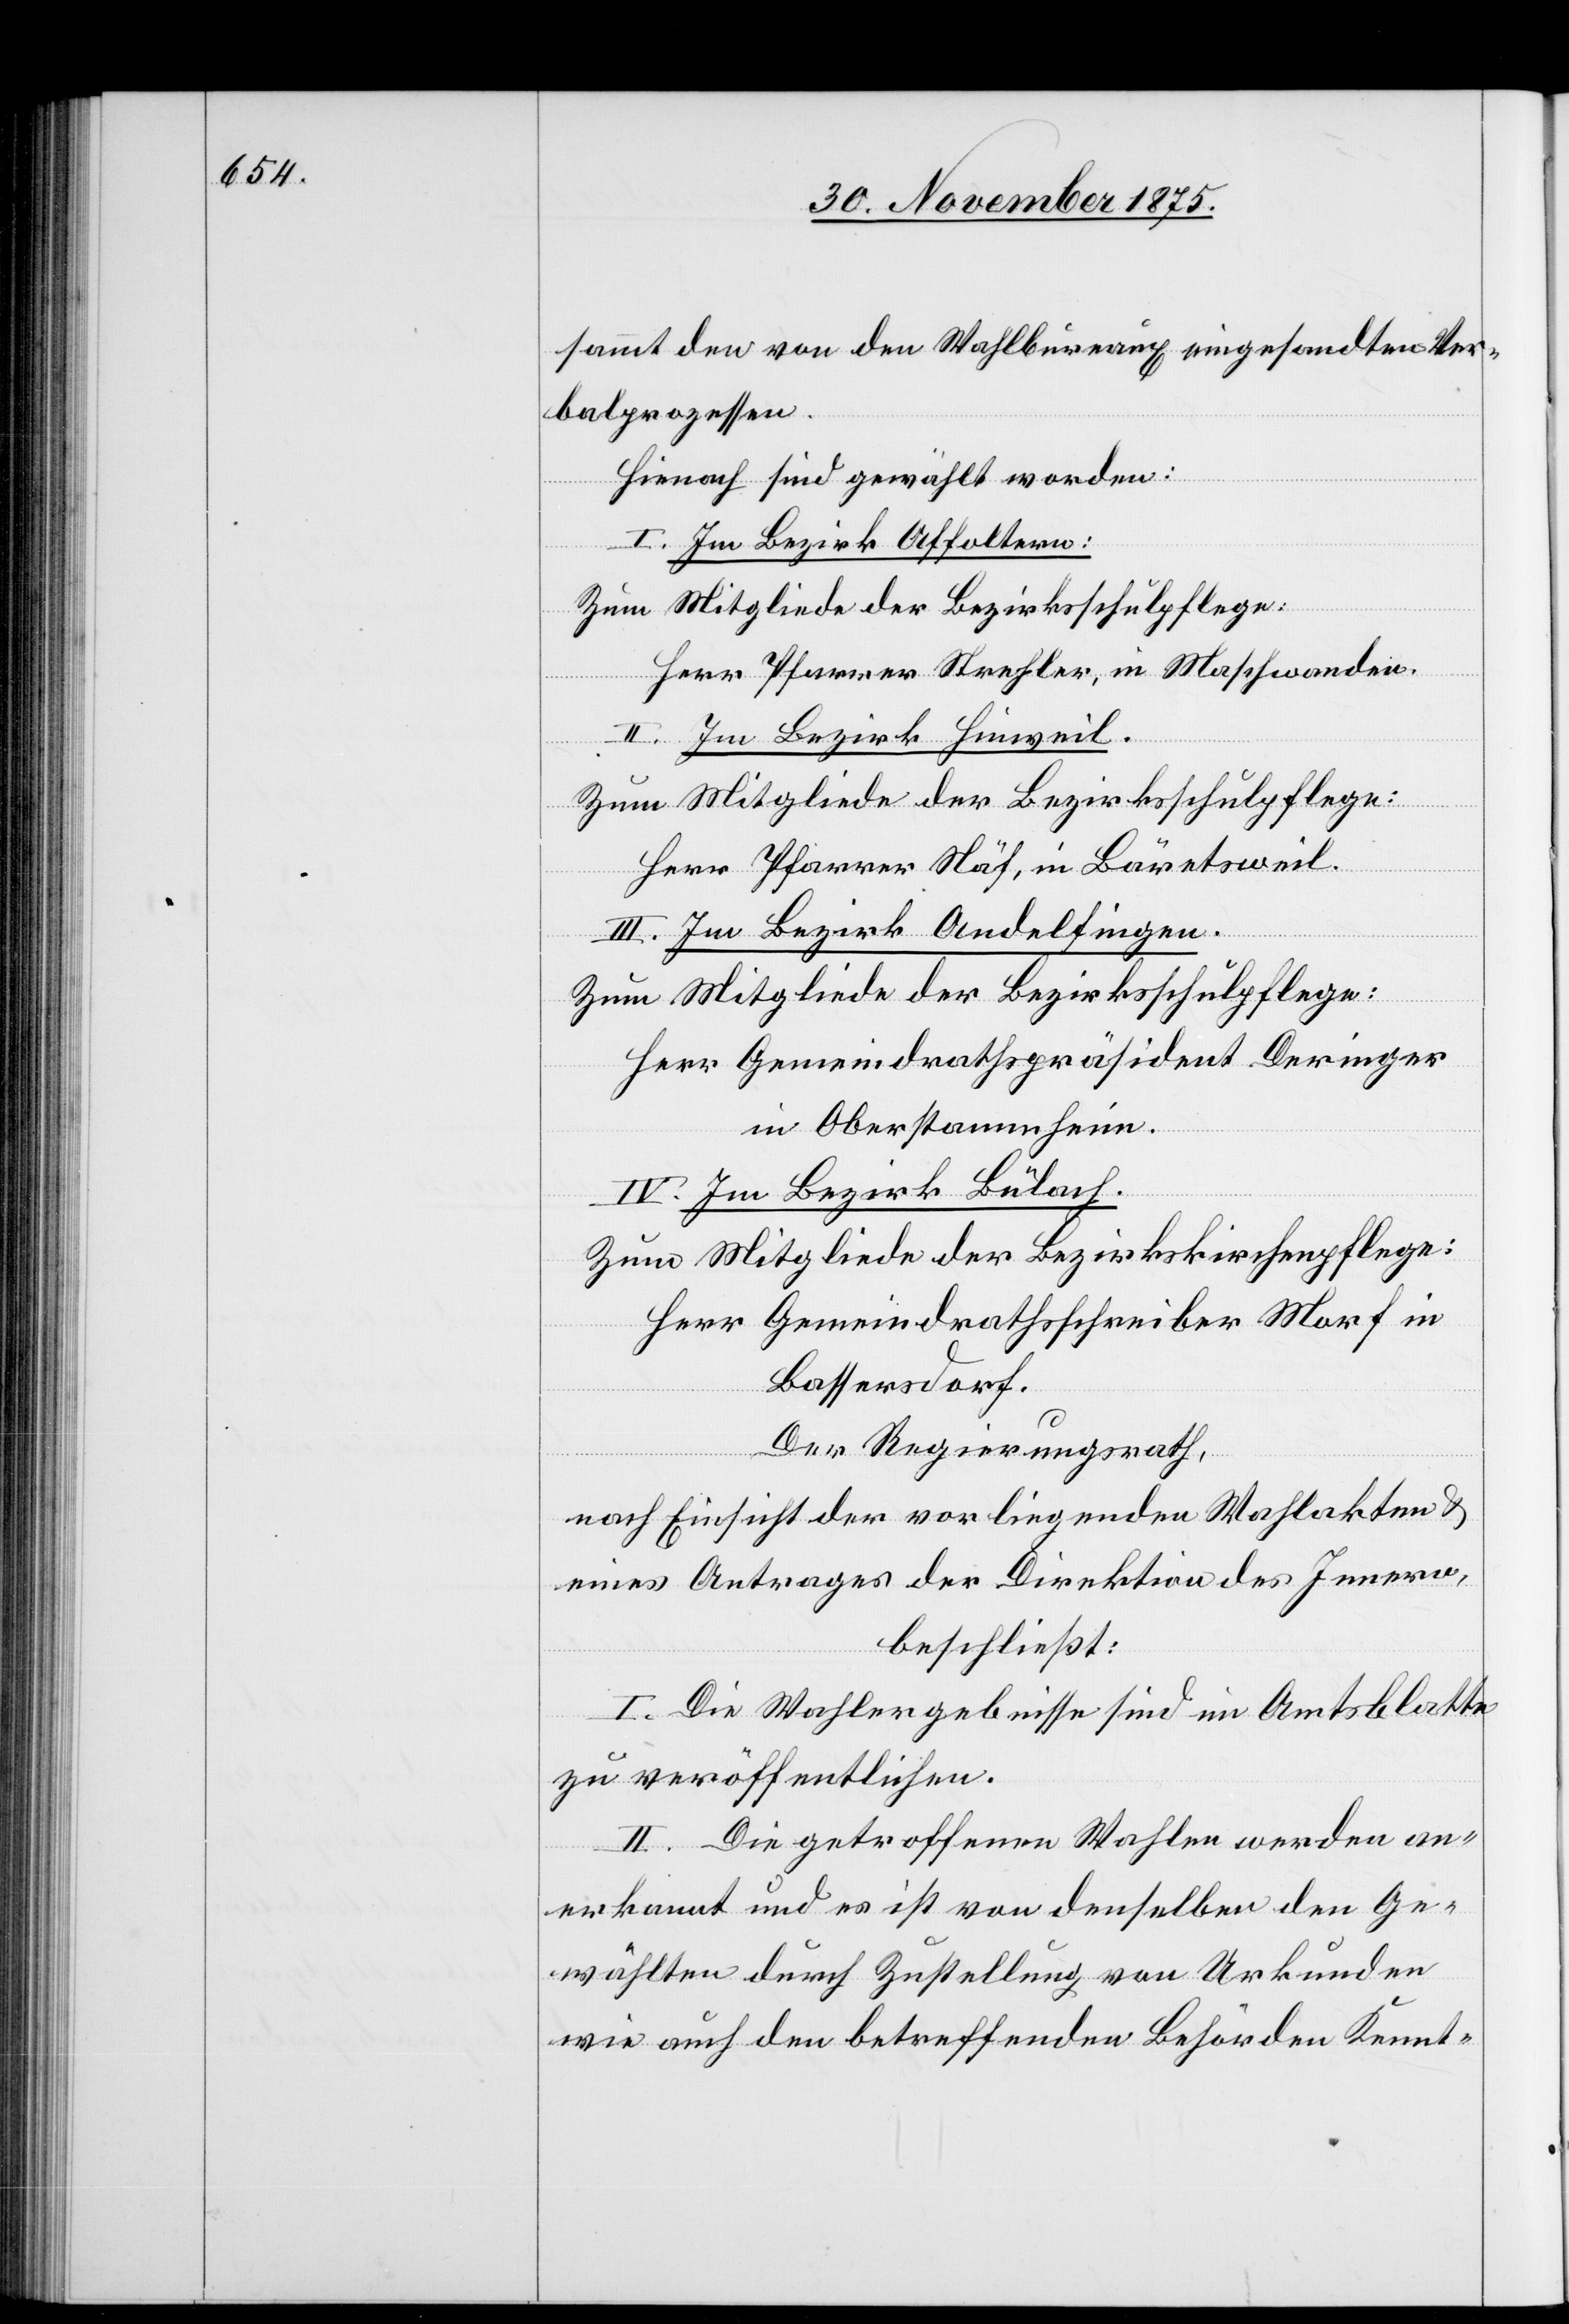
sammt den von den Wahlbureaux eingesandten Ver¬
balprozessen.
Hienach sind gewählt worden:
I. Im Bezirk Affoltern:
Zum Mitgliede der Bezirksschulpflege:
Herr Pfarrer Strehler, in Maschwanden.
II. Im Bezirk Hinweil.
Zum Mitgliede der Bezirksschulpflege:
Herr Pfarrer Näf, in Bäretsweil.
III. Im Bezirk Andelfingen.
Zum Mitgliede der Bezirksschulpflege:
Herr Gemeindrathspräsident Deringer
in Oberstammheim.
IV. Im Bezirk Bülach:
Zum Mitgliede der Bezirkskirchenpflege:
Herr Gemeindrathsschreiber Morf in
Bassersdorf.
Der Regierungsrath,
nach Einsicht der vorliegenden Wahlakten &
eines Antrages der Direktion des Innern,
beschließt:
I. Die Wahlergebnisse sind im Amtsblatte
zu veröffentlichen.
II. Die getroffenen Wahlen werden an¬
erkannt und es ist von denselben den Ge¬
wählten durch Zustellung von Urkunden
wie auch den betreffenden Behörden Kennt-